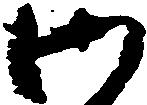
御